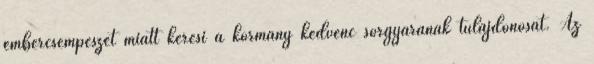
embercsempészet miatt keresi a kormány kedvenc sörgyárának tulajdonosát. Az